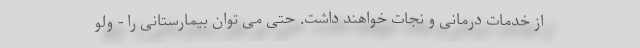
از خدمات درمانی و نجات خواهند داشت. حتی می توان بیمارستانی را - ولو